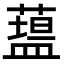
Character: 𥂯